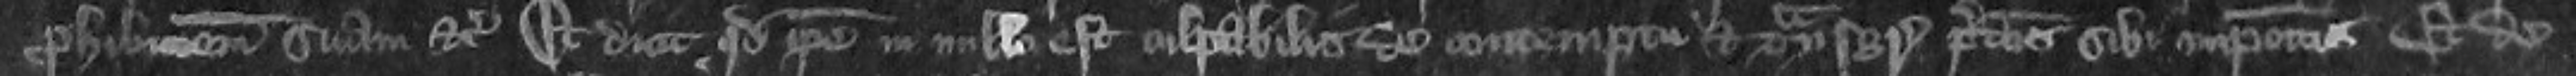
prohibitionem suam etc Et dicit quod ipse nulla est culpabilis de contemptu et transgressus predictes sibi Et de